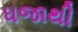
ધજાથી